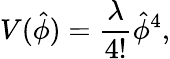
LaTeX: V(\hat{\phi})={\frac{\lambda}{4!}}\hat{\phi}^{4},